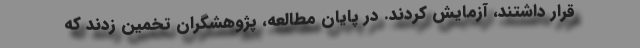
قرار داشتند، آزمایش کردند. در پایان مطالعه، پژوهشگران تخمین زدند که